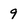
Character: 9